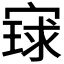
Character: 𫳰